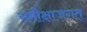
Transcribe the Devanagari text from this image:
समीक्षाजगत्